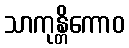
သာကုန္တိကောဝ